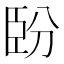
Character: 𦣡